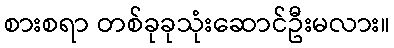
စားစရာ တစ်ခုခုသုံးဆောင်ဦးမလား။